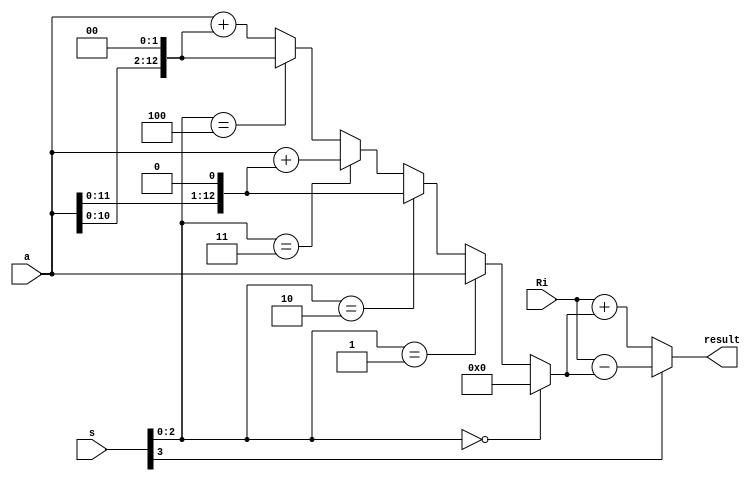
`timescale 1ns / 1ps
//////////////////////////////////////////////////////////////////////////////////
// Company: 
// Engineer: 
// 
// Design Name: 
// Module Name: shifter_mult
// Project Name: 
// Target Devices: 
// Tool Versions: 
// Description: 
// 
// Dependencies: 
// 
// Revision:
// Revision 0.01 - File Created
// Additional Comments:
// 
//////////////////////////////////////////////////////////////////////////////////


module shifter_mult(Ri, s, a, result);

input [12:0] Ri, a;
input [3:0] s;
output [12:0] result;


wire [12:0] a_mul_3 = a + {a[11:0], 1'b0};
wire [12:0] a_mul_5 = a + {a[10:0], 2'b0};

wire [12:0] a_mul_s = s[2:0] == 3'd0 ? 13'd0
					: s[2:0] == 3'd1 ? a
					: s[2:0] == 3'd2 ? {a[11:0],1'b0}
					: s[2:0] == 3'd3 ? a_mul_3
					: s[2:0] == 3'd4 ? {a[10:0], 2'b0}
					: a_mul_5;

					

					
wire [12:0] result = s[3] ? Ri - a_mul_s : Ri + a_mul_s;





endmodule